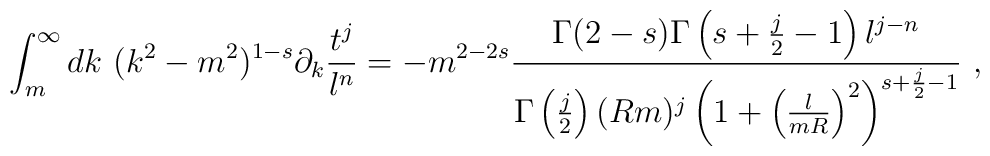
\int_{m}^\infty dk\ (k^2-m^2)^{1-s}\partial_k\frac{t^j}{l^n}=-m^{2-2s}\frac{\Gamma(2-s)\Gamma\left(s+\frac j2-1\right)l^{j-n}}{\Gamma \left(\frac j2\right) (Rm)^{j}\left( 1+\left(\frac{l}{mR}\right)^2\right)^{s+\frac j2-1}}\ ,